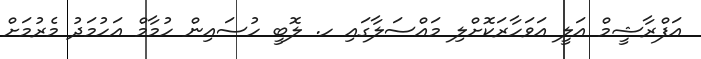
އަފްރާޝީމް އަލީ އަވަހާރަކޮށްލި މައްސަލާގައި ހ. ލޮބީ ހުސައިން ހުމާމް އަހުމަދު މެރުމަށް